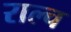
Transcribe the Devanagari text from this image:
राल्च